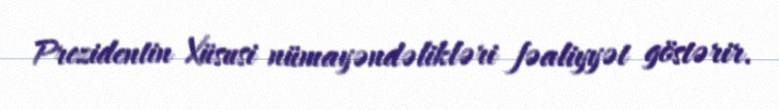
Prezidentin Xüsusi nümayəndəlikləri fəaliyyət göstərir.